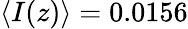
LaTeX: \langle I(z)\rangle=0.0156